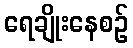
ရေချိုးနေစဉ်